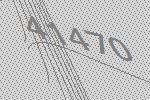
41470